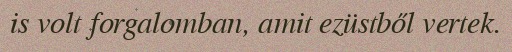
is volt forgalomban, amit ezüstből vertek.